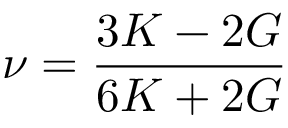
\nu = \frac { 3 K - 2 G } { 6 K + 2 G }